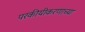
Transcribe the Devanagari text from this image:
परकीयीकरणाच्या